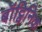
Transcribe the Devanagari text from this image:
बॉट्विनिक